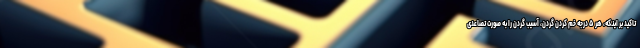
تاکید بر اینکه، هر ۵ درجه خم کردن گردن، آسیب گردن را به صورت تصاعدی